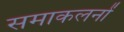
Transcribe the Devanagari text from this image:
समाकलनों